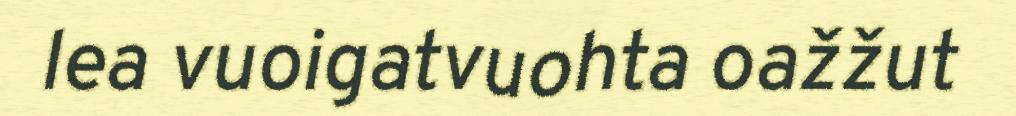
lea vuoigatvuohta oažžut